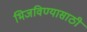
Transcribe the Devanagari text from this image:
भिजविण्यासाठी